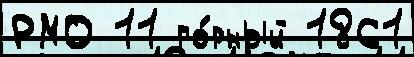
РМО 11 го́рный 1861